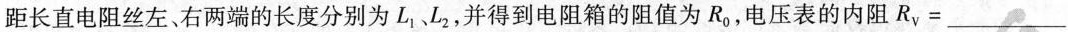
距长直电阻丝左。右两端的长度分别为L_{1}L_{2}，并得到电阻箱的阻值为R_{0}，电压表的内阻R_{v} =___